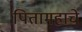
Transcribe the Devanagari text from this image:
पितामहाचे